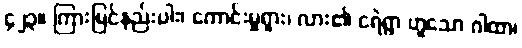
၄၂၃။ ကြားမြင်နည်းပါး၊ ကောင်းမှုရှား၊ လား၏ ငရဲရွာ ဟူူသော ဂါထာ၊